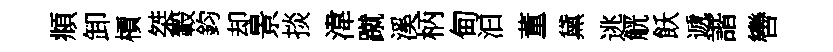
頫卸檟桀轂鈞却景掞湋蹴溪柄甸汩董黛逃觥飫遞諧轡